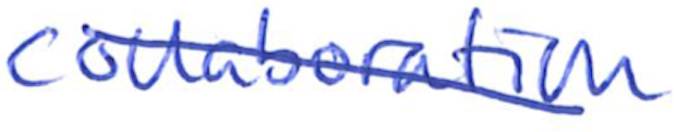
Text: collaboration
Cross-out: diagonal
Writing tool: ballpoint